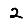
Digit: 2